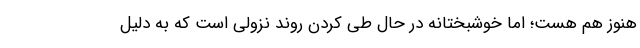
هنوز هم هست؛ اما خوشبختانه در حال طی کردن روند نزولی است که به دلیل